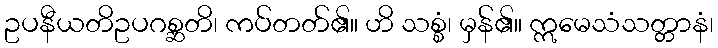
ဥပနီယတိဥပဂစ္ဆတိ၊ ကပ်တတ်၏။ ဟိ သစ္စံ၊ မှန်၏။ ဣမေသံသတ္တာနံ၊